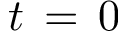
t \, = \, 0